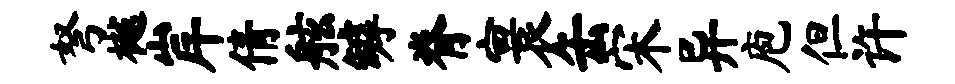
弩樾岸倩舷罅脊寰缶宋异庖但许